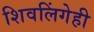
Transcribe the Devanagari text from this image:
शिवलिंगेही